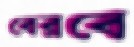
বেরবে